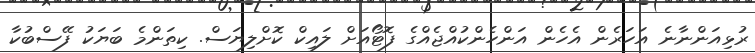
ރުޅިއަންނާނެ އަހަރެން އެހެން އަންހެންކުއްޖެއްގެ ފޮޓޯއަށް ލައިކް ކޮށްލިޔަސް. ކިތަންމެ ބަޔަކު ފޭސްބުކާ